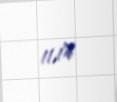
11,1%